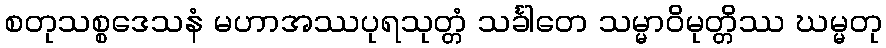
စတုသစ္စဒေသနံ မဟာအဿပုရသုတ္တံ သင်္ခါတေ သမ္မာဝိမုတ္တိဿ ဃမ္မတု